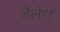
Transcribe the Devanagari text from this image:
शैलेश्